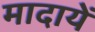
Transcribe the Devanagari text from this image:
मादायें